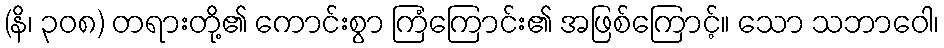
(နိ၊ ၃၀၈) တရားတို့၏ ကောင်းစွာ ကြံကြောင်း၏ အဖြစ်ကြောင့်။ သော သဘာဝေါ၊